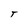
Character: T